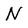
Character: N